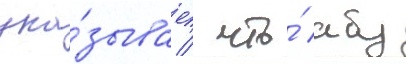
ука́зывает / что́ абу